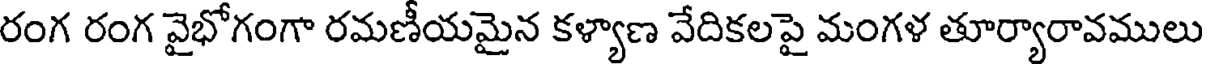
రంగ రంగ వైభోగంగా రమణీయమైన కళ్యాణ వేదికలపై మంగళ తూర్యారావములు